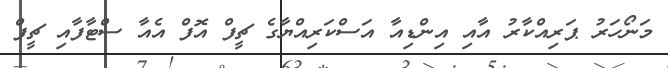
މަނޯހަރު ޕަރިއްކާރު އާއި އިންޑިއާ އަސްކަރިއްޔާގެ ޗީފް އޮފް އެއާ ސްޓާފާއި ޗީފް